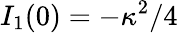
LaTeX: I_{1}(0)=-\kappa^{2}/4